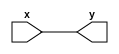
module buf_i1(y, x);
	output y;
	input x;
		
	assign y = x;
endmodule